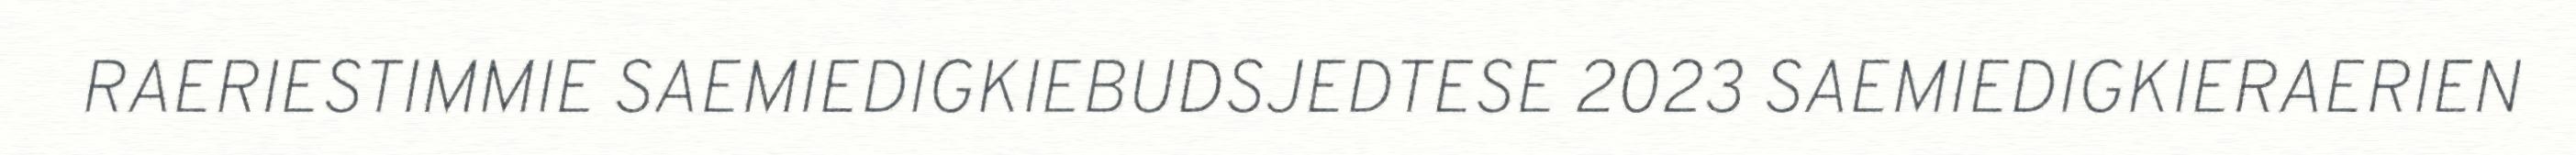
RAERIESTIMMIE SAEMIEDIGKIEBUDSJEDTESE 2023 SAEMIEDIGKIERAERIEN